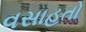
વસાહતો